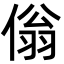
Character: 傟